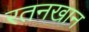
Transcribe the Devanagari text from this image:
रतनखान